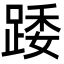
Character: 踒